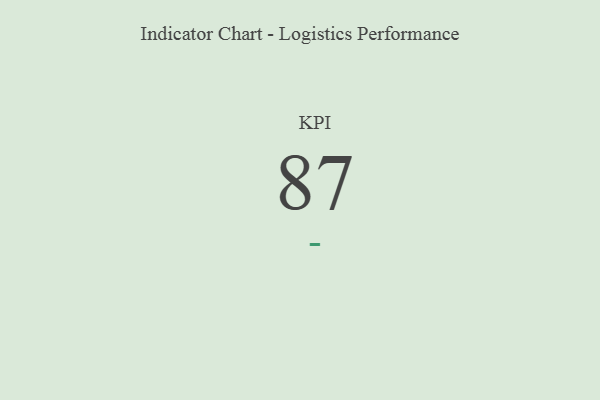
{"axis": {"x": "KPI", "y": "Value"}, "legend": [""], "data": [{"x": "KPI", "y": 87, "type": ""}]}